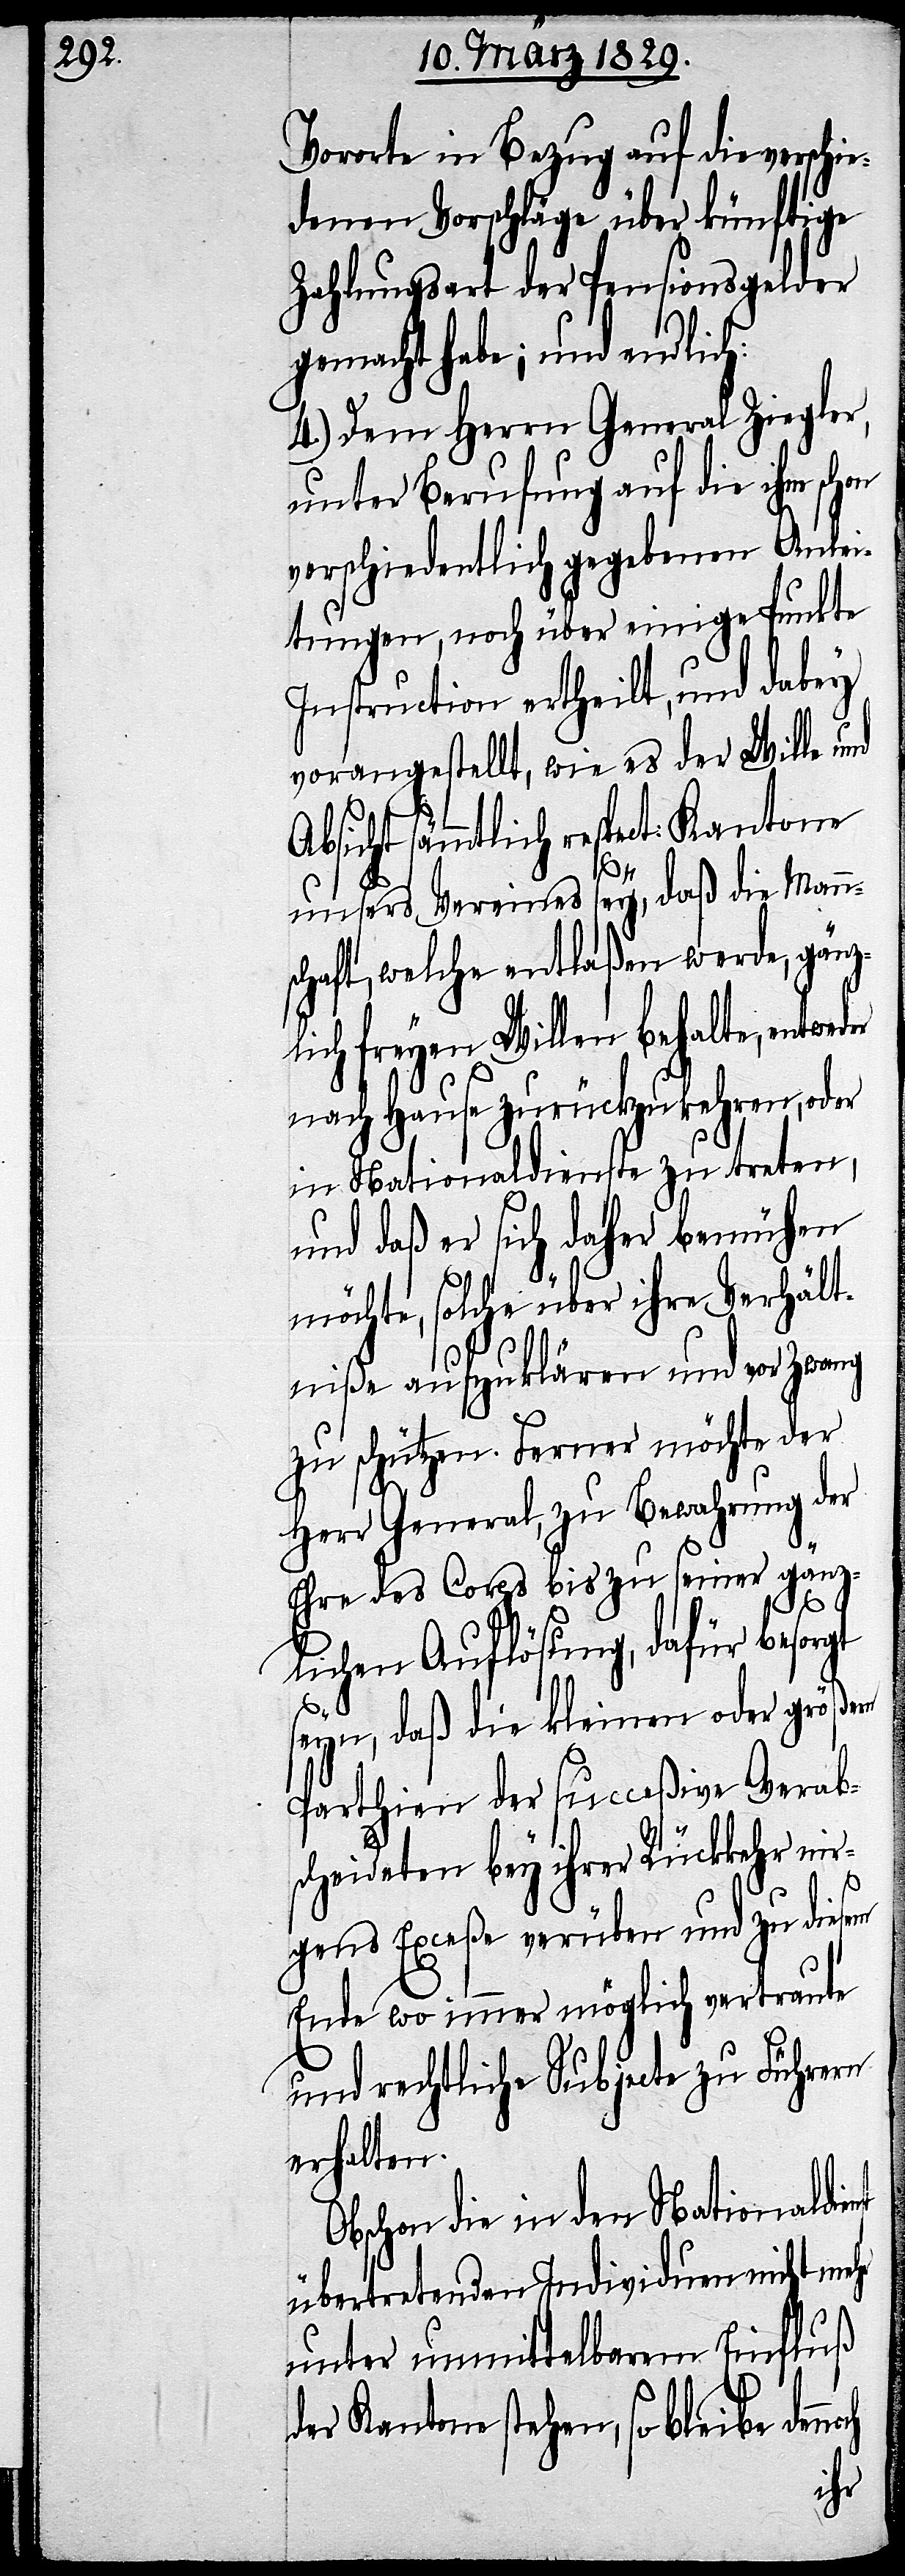
Vororte in Bezug auf die verschie¬
denen Vorschläge über künftige
Zahlungsart der Pensionsgelder
gemacht habe; und endlich:
4.) Dem Herrn General Ziegler,
unter Berufung auf die ihm schon
verschiedentlich gegebenen Anlei¬
tungen, noch über einige Punkte
Instruction ertheilt, und dabey
vorangestellt, wie es der Wille und
unsers Vereines sey, daß die Mann¬
schaft, welche entlaßen werde, gänz¬
lich freyen Willen behalte, entwe¬
nach Hause zurückzukehren, oder
in Nationaldienste zu treten,
und daß er sich daher bemühen
möchte, solche über ihre Verhält¬
niße aufzuklären und vor Zwang
zu schützen. Ferner möchte der
Herr General, zu Bewahrung der
Ehre des Corps bis zu seiner gänz¬
lichen Auflösung, dafür besorgt
seyn, daß die kleinen oder größern
Parthien der succeßive Verab¬
scheideten bey ihrer Rückkehr nir¬
gens Exceße verüben und zu diesem
Ende wo immer möglich vertraute
und rechtliche Subjecte zu Führern
erhalten.
Obschon die in den Nationaldie¬
übertretenden Individuen nicht mehr
unter unmittelbarem Einfluß
der Kantone stehen, so bleibe den¬
ch